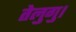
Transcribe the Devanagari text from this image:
तेलुगु।